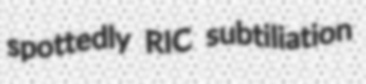
spottedly RIC subtiliation